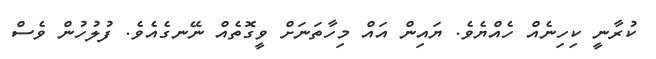
ކުރާނީ ކިހިނެއް ހެއްޔެވެ. ޔައިން އައް މިހާތަނަށް ވީގޮތެއް ނޭނގެއެވެ. ފުލުހުން ވެސް